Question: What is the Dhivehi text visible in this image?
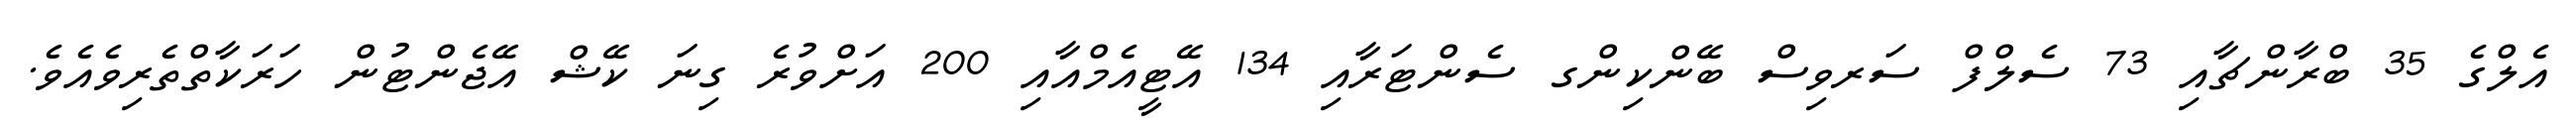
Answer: އެލްގެ 35 ބްރާންޗާއި 73 ސެލްފް ސަރވިސް ބޭންކިންގ ސެންޓަރާއި 134 އޭޓީއެމްއާއި 200 އަށްވުރެ ގިނަ ކޭޝް އޭޖެންޓުން ހަރަކާތްތެރިވެއެވެ.